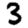
Digit: 3